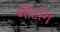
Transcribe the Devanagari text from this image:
गोटांग